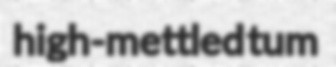
high-mettled tum